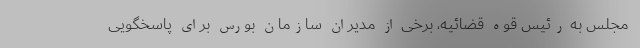
مجلس به رئیس قوه قضائیه، برخی از مدیران سازمان بورس برای پاسخگویی